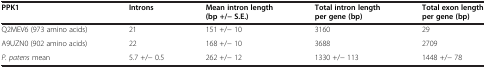
| PPK1 | Introns | Mean intron length (bp +/− S.E.) | Total intron length per gene (bp) | Total exon length per gene (bp) |
 | --- | --- | --- | --- | --- |
 | Q2MEV6 (973 amino acids) | 21 | 151 +/− 10 | 3160 | 29 |
 | A9UZN0 (902 amino acids) | 22 | 168 +/− 10 | 3688 | 2709 |
 | P. patens mean | 5.7 +/− 0.5 | 262 +/− 12 | 1330 +/− 113 | 1448 +/− 78 |